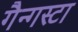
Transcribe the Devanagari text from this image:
गैन्गस्टा